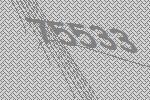
75533